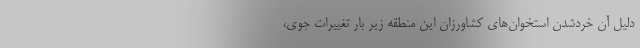
دلیل آن خردشدن استخوان‌های کشاورزان این منطقه زیر بار تغییرات جوی،